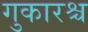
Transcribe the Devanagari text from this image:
गुकारश्च